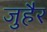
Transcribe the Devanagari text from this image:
जुहैर